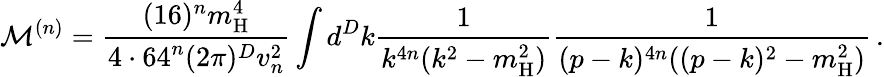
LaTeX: \mathcal{M}^{(n)}=\frac{(16)^{n}m_{\mathrm{H}}^{4}}{4\cdot 64^{n}(2\pi)^{D}v_{n}^{2}}\int d^{D}k\frac{1}{k^{4n}(k^{2}-m_{\mathrm{H}}^{2})}\frac{1}{(p-k)^{4n}((p-k)^{2}-m_{\mathrm{H}}^{2})}\, .